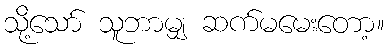
သို့သော် သူဘာမျှ ဆက်မမေးတော့။